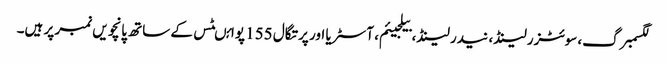
لگسمبرگ، سوئٹزرلینڈ، نیدرلینڈ، بیلجیئم، آسٹریا اور پرتگال 155 پوائںٹس کے ساتھ پانچویں نمبر پر ہیں۔